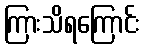
ကြားသိရကြောင်း